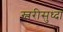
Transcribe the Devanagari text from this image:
स्लरीसुध्दा